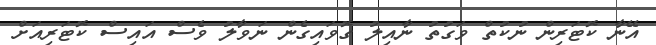
އޭނާ ކޮޓަރިން ނުކުތް ވަގުތު ނާއިލު ގޮވައިގެން ނަވާލު ވެސް އައިސް ކޮޓަރިއަށް